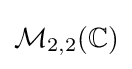
{\mathcal {M}}_{2,2}(\mathbb {C} )